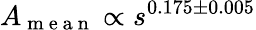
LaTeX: A_{\mathrm{~m~e~a~n~}}\propto s^{0.175\pm 0.005}